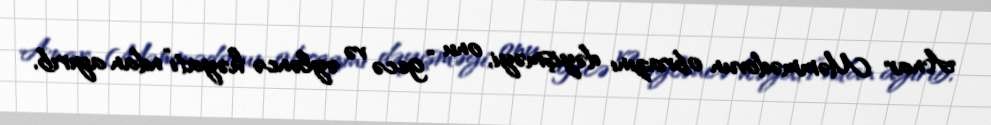
Anar Məmmədovun obrazını dəyişməyi, onu “gecə və əyləncə həyatı”ndan ayırıb,